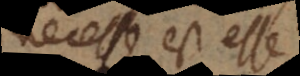
necesse est esse